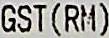
GST(RM)